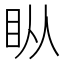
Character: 𰥒